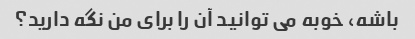
باشه، خوبه می توانید آن را برای من نگه دارید؟